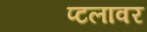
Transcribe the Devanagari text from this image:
प्टलावर